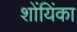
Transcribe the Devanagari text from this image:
शोंयिंका